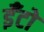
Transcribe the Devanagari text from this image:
ईँटो